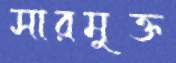
সারমুক্ত